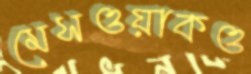
মেসওয়াকও